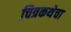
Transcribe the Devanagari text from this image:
चित्रकथेचा